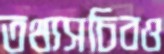
তথ্যসচিবও